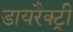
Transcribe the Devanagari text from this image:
डायरैक्ट्री